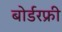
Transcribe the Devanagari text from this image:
बोर्डरफ्री